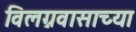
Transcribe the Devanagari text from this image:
विलग्नवासाच्या